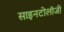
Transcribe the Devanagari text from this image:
साइनटोलॉजी